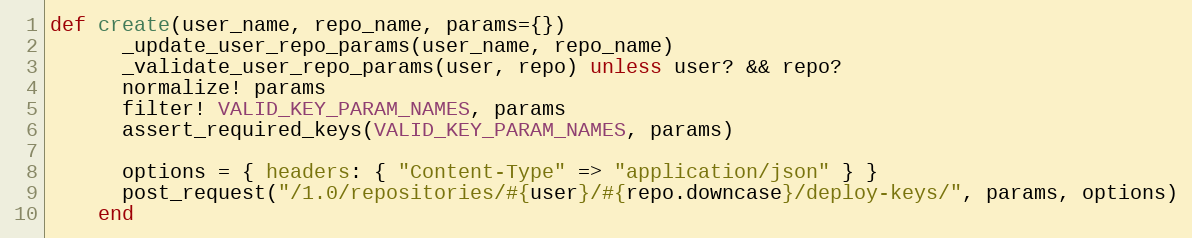
Language: Ruby
def create(user_name, repo_name, params={})
      _update_user_repo_params(user_name, repo_name)
      _validate_user_repo_params(user, repo) unless user? && repo?
      normalize! params
      filter! VALID_KEY_PARAM_NAMES, params
      assert_required_keys(VALID_KEY_PARAM_NAMES, params)

      options = { headers: { "Content-Type" => "application/json" } }
      post_request("/1.0/repositories/#{user}/#{repo.downcase}/deploy-keys/", params, options)
    end